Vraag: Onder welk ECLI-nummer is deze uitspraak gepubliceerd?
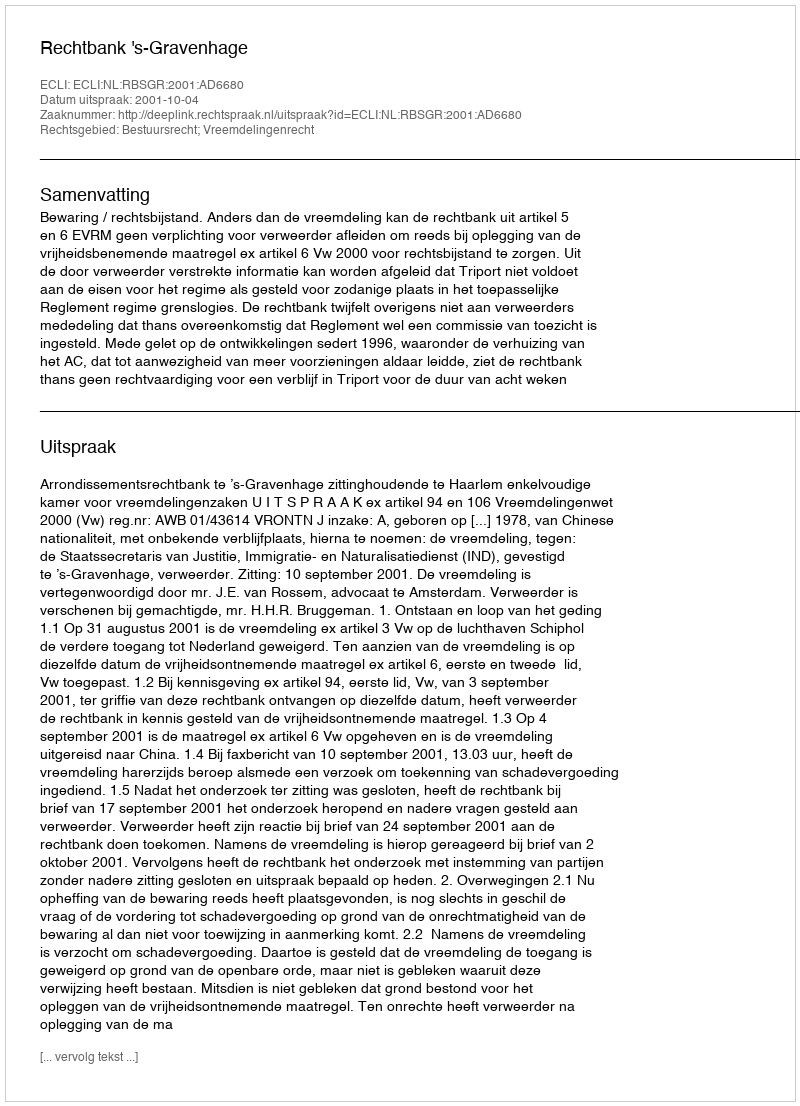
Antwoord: ECLI:NL:RBSGR:2001:AD6680